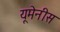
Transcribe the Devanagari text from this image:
यूमेनीस